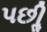
પછીૢ